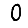
Digit: 0